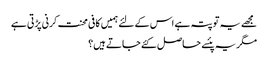
مجھے یہ تو پتہ ہے اس کے لئے ہمیں کافی محنت کرنی پڑتی ہے
مگر یہ پئسے حاصل کئے جاتے ہیں؟